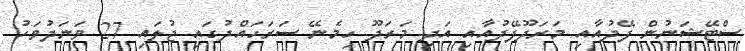
ސްޓޭޝަނުން ފޭދުއާއި މަރަދޫފޭދުއާއި އަދި މަރަދޫ ހިމެނޭ ސަރަހައްދުގައި ޖުލައި 27 ވަނަދުވަހު